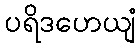
ပရိဒဟေယျံ